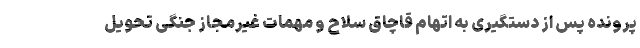
پرونده پس از دستگیری به اتهام قاچاق سلاح و مهمات غیرمجاز جنگی تحویل